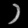
Digit: ၁